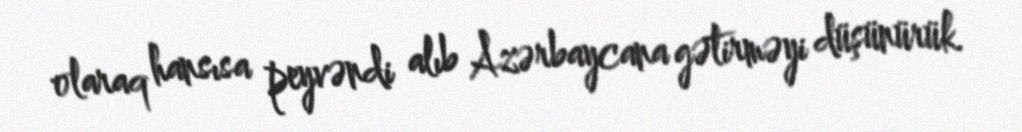
olaraq hansısa peyvəndi alıb Azərbaycana gətirməyi düşünürük.